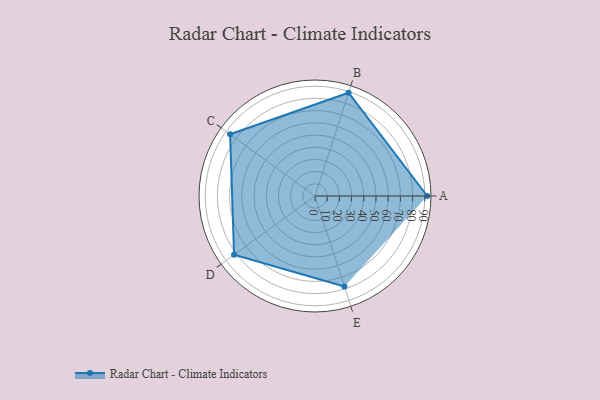
{"axis": {"x": "Skill", "y": "Score"}, "legend": ["Profile"], "data": [{"x": "A", "y": 92.0, "type": "Profile"}, {"x": "B", "y": 89.0, "type": "Profile"}, {"x": "C", "y": 86.0, "type": "Profile"}, {"x": "D", "y": 82.0, "type": "Profile"}, {"x": "E", "y": 78.0, "type": "Profile"}]}